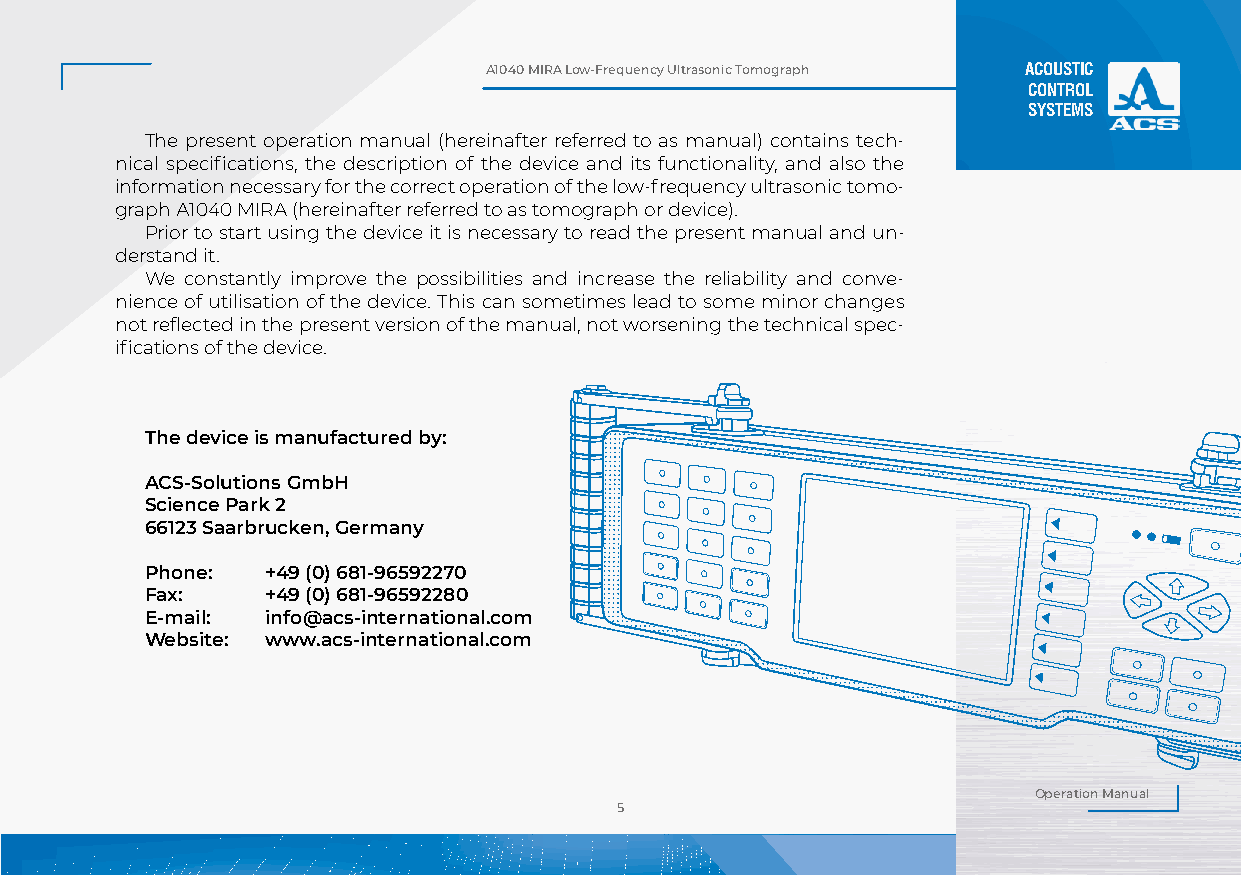
А1040 MIRA Low-Frequency Ultrasonic Tomograph ACOUSTIC
 CONTROL
 SYSTEMS
 The present operation manual (hereinafter referred to as manual) contains tech-
 nical specifications, the description of the device and its functionality, and also the
 information necessary for the correct operation of the low-frequency ultrasonic tomo-
 graph А1040 MIRA (hereinafter referred to as tomograph or device).
 Prior to start using the device it is necessary to read the present manual and un-
 derstand it.
 We constantly improve the possibilities and increase the reliability and conve-
 nience of utilisation of the device. This can sometimes lead to some minor changes
 not reflected in the present version of the manual, not worsening the technical spec-
 ifications of the device.
 The device is manufactured by:
 ACS-Solutions GmbH
 Science Park 2
 66123 Saarbrucken, Germany
 Phone:  +49 (0) 681-96592270
 Fax:    +49 (0) 681-96592280
 Е-mail: info@acs-international.com
 Website: www.acs-international.com
 Operation Manual
 5